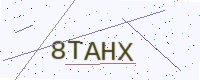
Text: 8TAHX